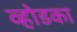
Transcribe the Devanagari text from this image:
व्होडका